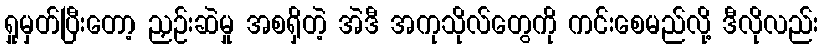
ရှုမှတ်ပြီးတော့ ညှဉ်းဆဲမှု အစရှိတဲ့ အဲဒီ အကုသိုလ်တွေကို ကင်းစေမည်လို့ ဒီလိုလည်း